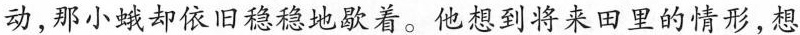
动，那小蛾却依旧稳稳地歇着。他想到将来田里的情形，想